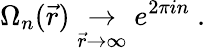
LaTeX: \Omega_{n}(\vec{r})\mathrel{\mathop\rightarrow_{\vec{r}\to\infty}}e^{2\pi in}~.